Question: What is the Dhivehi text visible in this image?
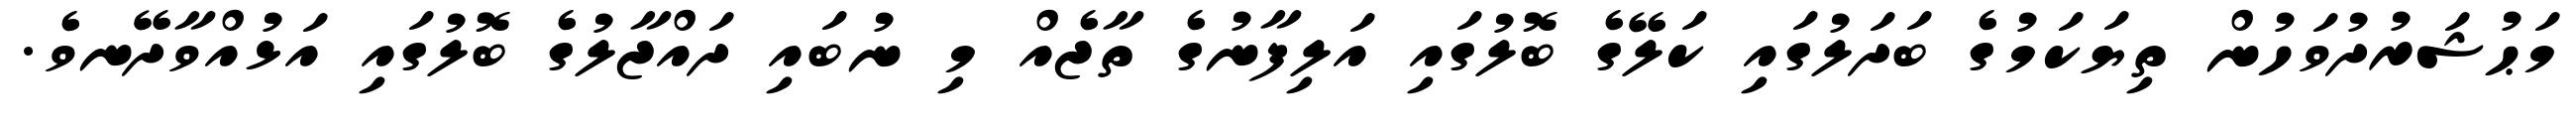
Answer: މަޙުޝަރުދުވަހުން ތިޔަކަމުގެ ބަދަލުގައި ކަލޭގެ ބޮލުގައި އަލިފާނުގެ ތާޖެއް މި ނުބައި ދައްޖާލުގެ ބޮލުގައި އަޅުއްވާދޭނވެ.